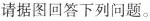
请据图回答下列问题。